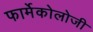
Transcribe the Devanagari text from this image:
फार्मेकोलोजी